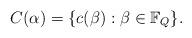
LaTeX: \begin{align*}C(\alpha)=\{c(\beta): \beta\in \mathbb{F}_Q\}.\end{align*}